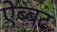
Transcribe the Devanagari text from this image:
ऐब्बट